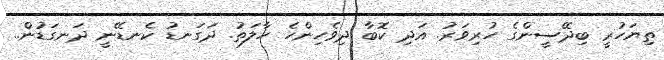
ތިޔަހުރީ ބިދޭސީންގެ ހުރިވަރު. އަދި ކޮބާ ދިވެހިންހެ ހާލަތު. ދަގަނޑު ކެނޑޭނީ ދަނގަޑުން..